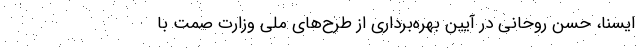
ایسنا، حسن روحانی در آیین بهره‌برداری از طرح‌های ملی وزارت صمت با